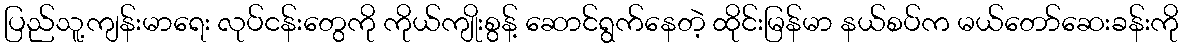
ပြည်သူ့ကျန်းမာရေး လုပ်ငန်းတွေကို ကိုယ်ကျိုးစွန့် ဆောင်ရွက်နေတဲ့ ထိုင်းမြန်မာ နယ်စပ်က မယ်တော်ဆေးခန်းကို